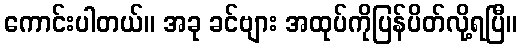
ကောင်းပါတယ်။ အခု ခင်ဗျား အထုပ်ကိုပြန်ပိတ်လို့ရပြီ။